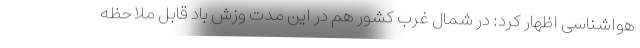
هواشناسی اظهار کرد: در شمال غرب کشور هم در این مدت وزش باد قابل ملاحظه